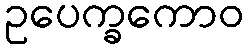
ဥပေက္ခကောဝ